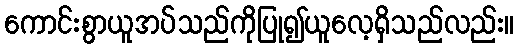
ကောင်းစွာယူအပ်သည်ကိုပြု၍ယူလေ့ရှိသည်လည်း။